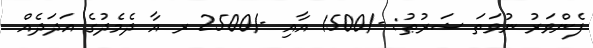
ފެންވަރު ނުވަތަ ޝަރުޠު: -/1500 އާއި -/2500 ރ އާ ދެމެދުގެ އަދަދެއް